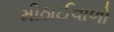
મીઠાઈવાળો